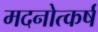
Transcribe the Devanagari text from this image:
मदनोत्कर्ष